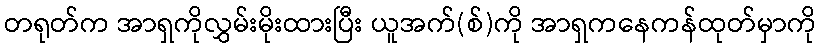
တရုတ်က အာရှကိုလွှမ်းမိုးထားပြီး ယူအက်(စ်)ကို အာရှကနေကန်ထုတ်မှာကို